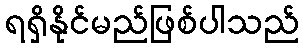
ရရှိနိုင်မည်ဖြစ်ပါသည်